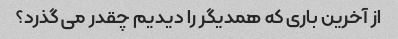
از آخرین باری که همدیگر را دیدیم چقدر می گذرد؟